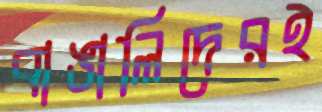
বাঙালিদেরই